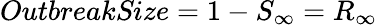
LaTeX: \textit{OutbreakSize}=1-S_{\infty}=R_{\infty}